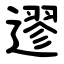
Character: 䢧